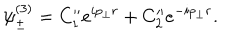
LaTeX: \psi _ { \pm } ^ { ( 3 ) } = C _ { 1 } ^ { \prime \prime } e ^ { i p _ { \bot } r } + C _ { 2 } ^ { \prime \prime } e ^ { - i p _ { \bot } r } .